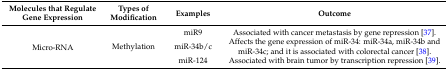
<table><thead><tr><td><b>Molecules that Regulate Gene Expression</b></td><td><b>Types of Modification</b></td><td><b>Examples</b></td><td><b>Outcome</b></td></tr></thead><tbody><tr><td rowspan="3">Micro-RNA</td><td rowspan="3">Methylation</td><td>miR9</td><td>Associated with cancer metastasis by gene repression [37].</td></tr><tr><td>miR-34b/c</td><td>Affects the gene expression of miR-34: miR-34a, miR-34b and miR-34c; and it is associated with colorectal cancer [38].</td></tr><tr><td>miR-124</td><td>Associated with brain tumor by transcription repression [39].</td></tr></tbody></table>